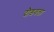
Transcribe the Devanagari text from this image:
दौडवला